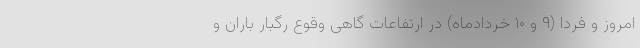
امروز و فردا (۹ و ۱۰ خردادماه) در ارتفاعات گاهی وقوع رگبار باران و